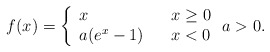
\begin{align*}f(x) =\left\{\begin{array}{lll} x & & x \geq 0 \\ a(e^{x} - 1) & & x < 0\end{array}\right. a > 0 .\end{align*}